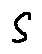
S